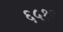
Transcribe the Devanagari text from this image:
६५१०